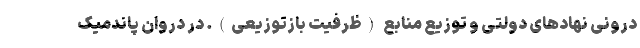
درونی نهادهای دولتی و توزیع منابع (ظرفیت بازتوزیعی). در دروان پاندمیک